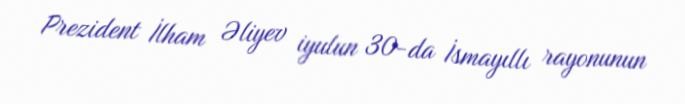
Prezident İlham Əliyev iyulun 30-da İsmayıllı rayonunun